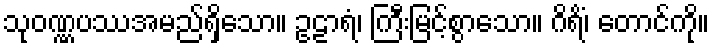
သုဝဏ္ဏပဿအမည်ရှိသော။ ဥဠာရံ၊ ကြီးမြင့်စွာသော။ ဂိရိံ၊ တောင်ကို။